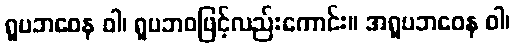
ရူပဘဝေန ဝါ၊ ရူပဘဝဖြင့်လည်းကောင်း။ အရူပဘဝေန ဝါ၊